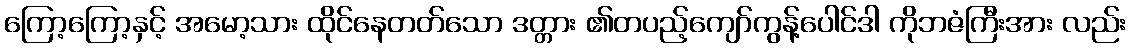
ကြော့ကြော့နှင့် အမော့သား ထိုင်နေတတ်သော ဒတ္တား ၏တပည့်ကျော်ကွန့်ပေါင်ဒါ ကိုဘဇံကြီးအား လည်း